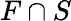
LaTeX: F\cap S